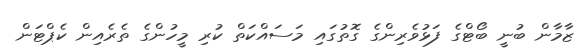
ޒާމާން ބުނީ ބޯޓްގެ ފަޅުވެރިންގެ ގޮތުގައި މަސައްކަތް ކުރި މީހުންގެ ތެރެއިން ކެޕްޓަން